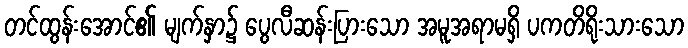
တင်ထွန်းအောင်၏ မျက်နှာ၌ ပွေလီဆန်းပြားသော အမူအရာမရှိ ပကတိရိုးသားသော